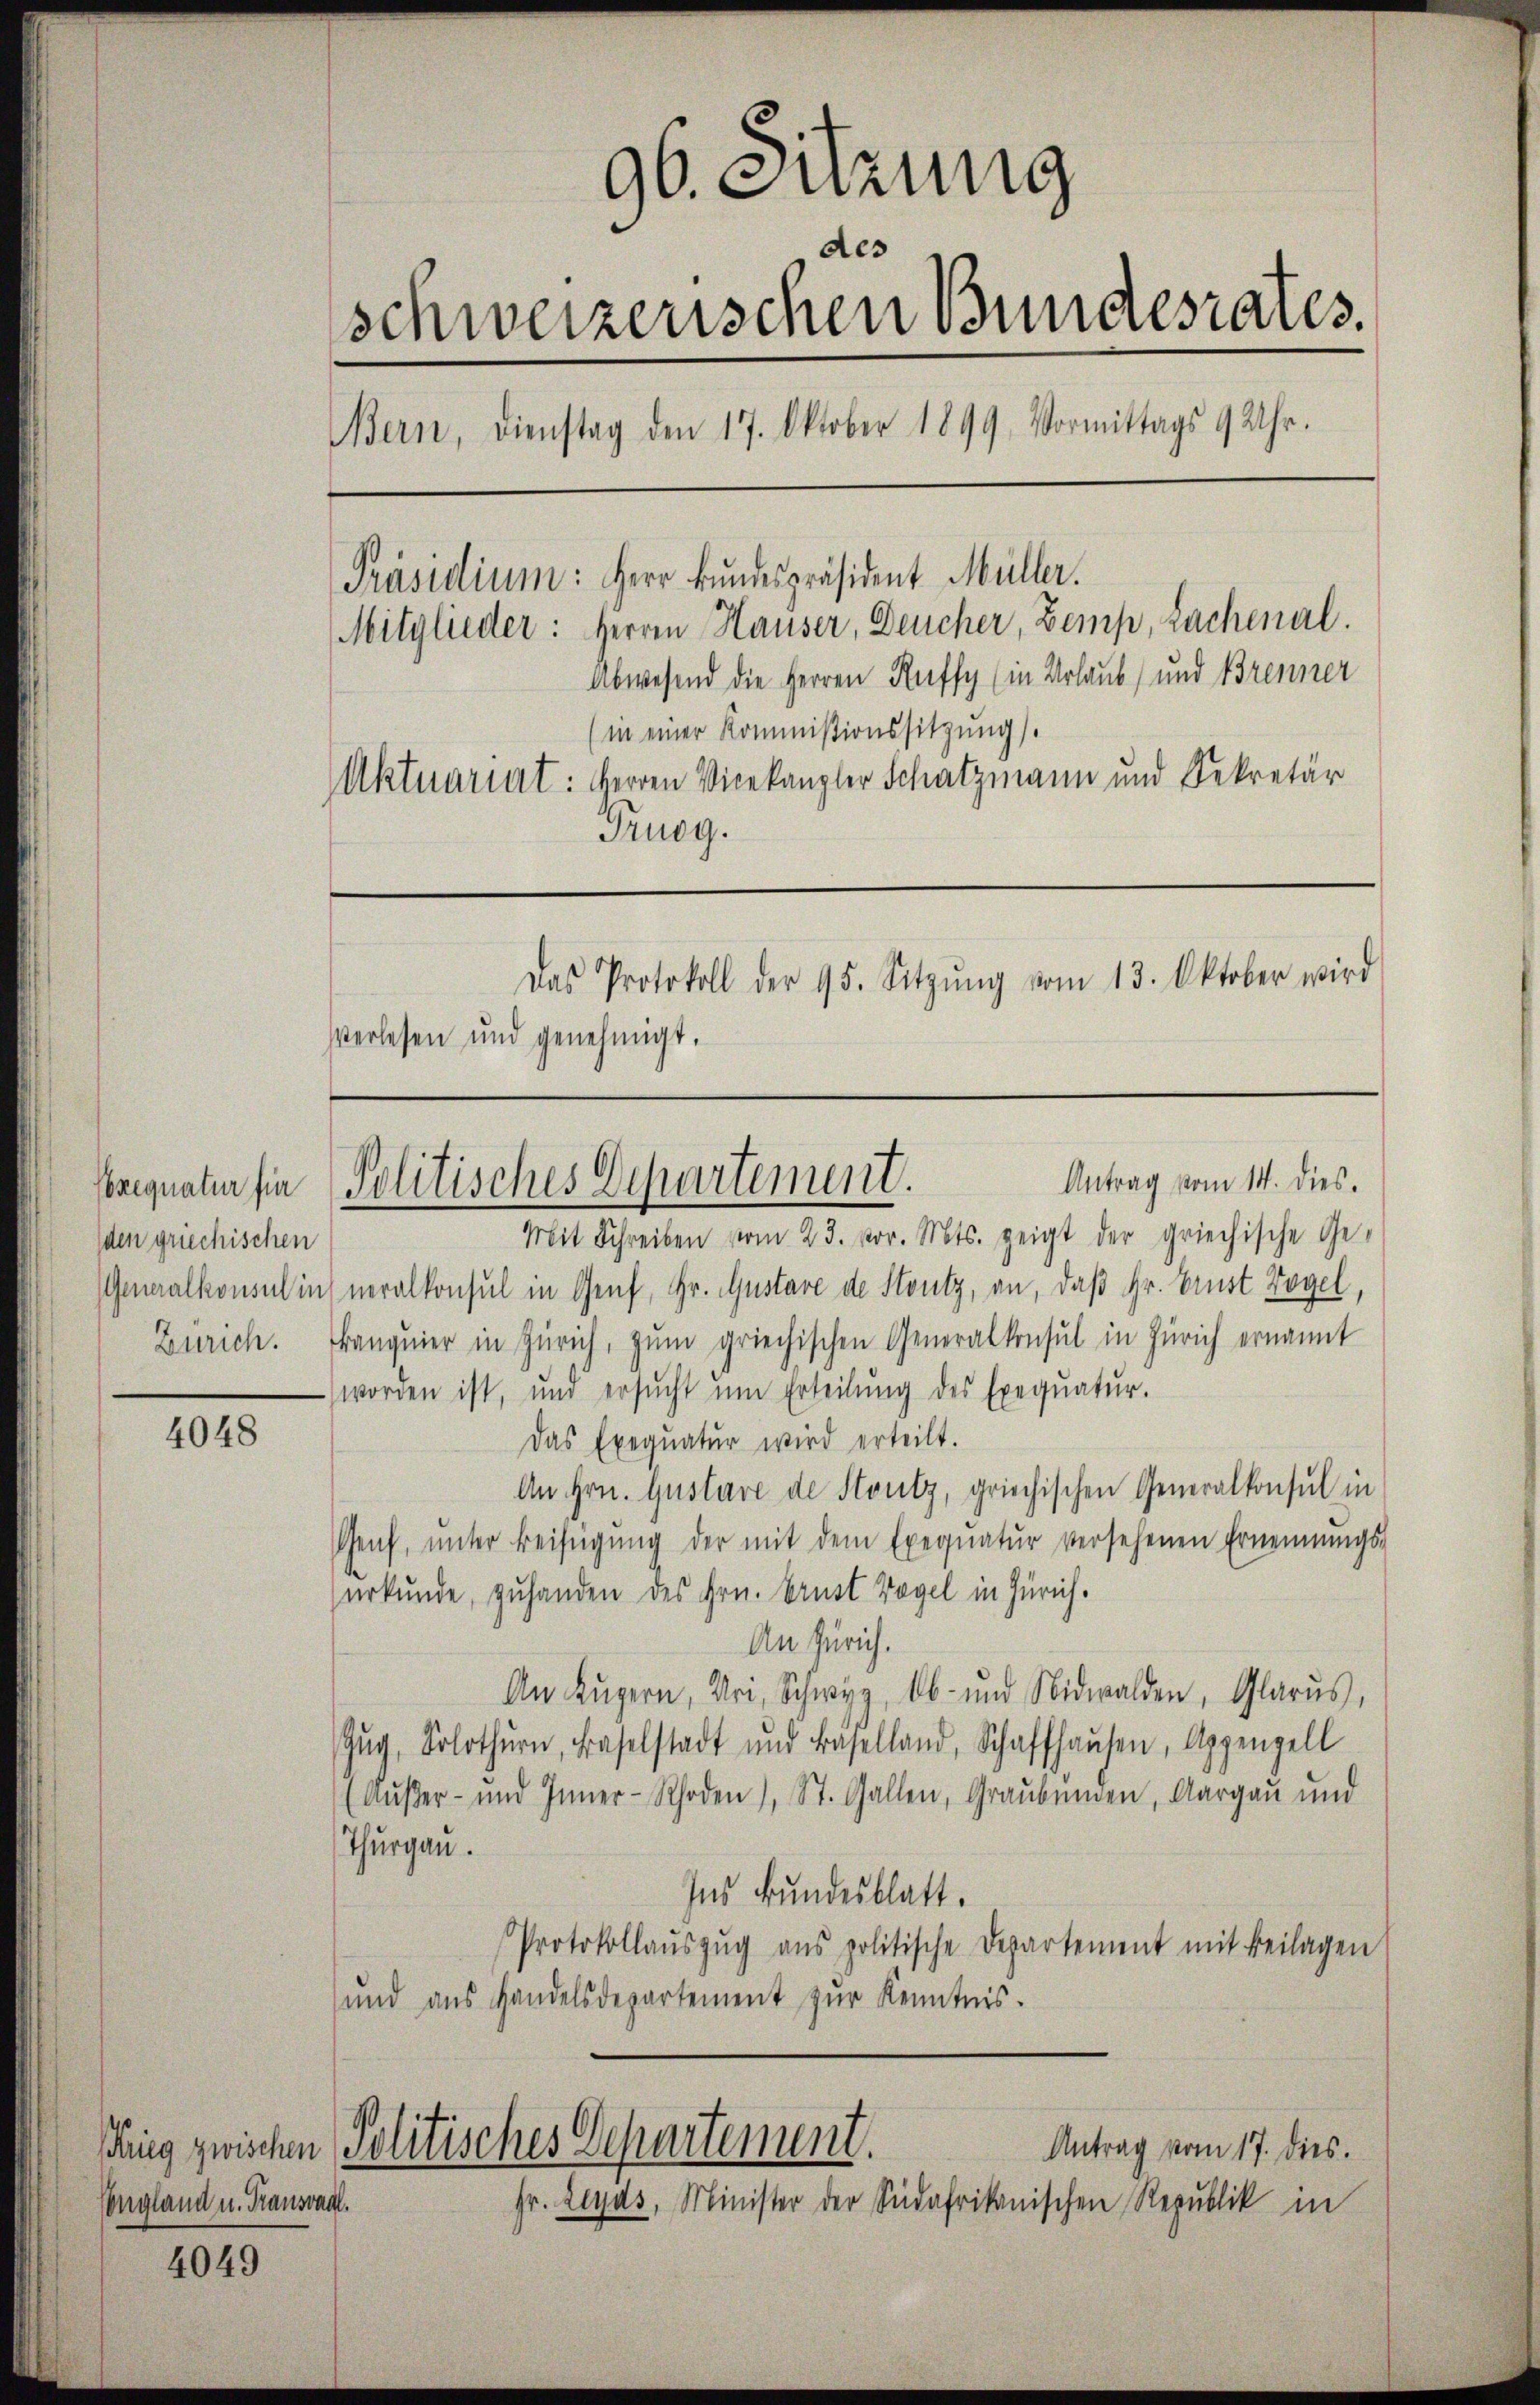
Exequatur für
den griechischen
Generalkonsul in
Zürich.

4048

Congland u. Trausvad,

4049

96. Suzung
des
schweizerischen Bundesrates.
Bern, Dienstag den 17. Oktober 1899. Vormittags 9 Uhr.
[Präsidium: Herr Bŭndespräsident Müller.
Mitglieder: Herren Hauser, Deucher, Zemp, Lachenal.
Abwesend die Herren Ruffy (in Urlaub und Brenner
(in einer Kommissionssitzung).
Aktuariat: Herren Vicekanzler Schatzmann und Sekretär
Truog.

Antrag vom 14. dies.
Politisches Departement.

Mit Schreiben vom 23. vor. Mts. zeigt der griechische Ge-
neralkonsul in Genf, Hr. Gustare de Stutz, an, daß Hr. Ernst Vogel,
kanquier in Zürich, zum griechischen Generalkonsul in Zürich ernannt
worden ist, und ersŭcht ŭm Erteilŭng des Exeqŭatŭr.
Das Exeqŭatŭr wird erteilt.
An Hrn. Gustare de Stutz, griechischen Generalkonsul in
Genf, ŭnter Beifügŭng der mit dem Exequatŭr versehenen Ernennungs-
urkunde, zuhanden des Hrn. Brust Vogel in Zürich.
An Zürich.
An Lŭzern, Uri, Schwyz, Ob- und Nidwalden, Glarus,
Zŭg, Solothurn, Baselstadt und Baselland, Schaffhaŭsen, Appenzell
(Außer- und Inner-Rhoden), St. Gallen, Graubünden, Aargau und
Thurgau.
Ins Bundesblatt.
Protokollaŭszŭg ans politische Departement mit Beilagen
und aus Handelsdepartement zŭr Kenntnis.
Ring zwischen Politisches Departement.
Antrag vom 17. dies.
Fr. Leyds, Minister der Südafrikanischen Republik in

Das Protokoll der 95. Sitzŭng vom 13. Oktober wird
Verlesen und genehmigt.